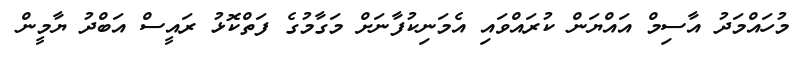
މުހައްމަދު އާސިމް އައްޔަން ކުރައްވައި އެމަނިކުފާނަށް މަގާމުގެ ފަތްކޮޅު ރައީސް އަބްދު ޔާމީން